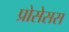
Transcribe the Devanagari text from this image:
प्रोसेसस